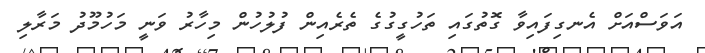
އަވަސްއަށް އެނގިފައިވާ ގޮތުގައި ތަހުގީގުގެ ތެރެއިން ފުލުހުން މިހާރު ވަނީ މަހުމޫދު މަރާލި